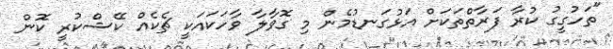
"ތަހުގީގު ކުރާ ފަރާތްތަކަށް އަޅުގަނޑުމެން މި ގޮވާލާ ވާހަކައަކީ ޗެކެއް ކޭޝްކުރީ ކޮން